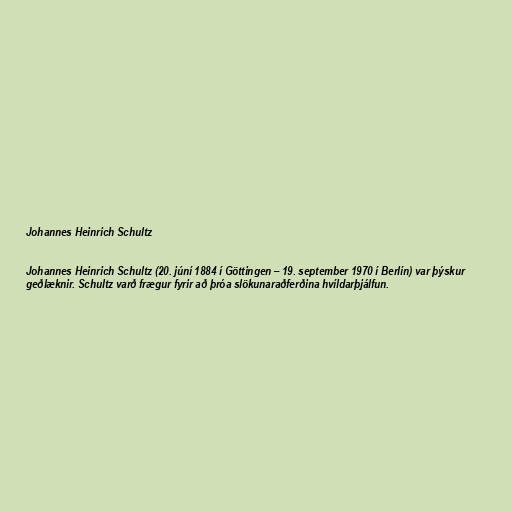
Johannes Heinrich Schultz

Johannes Heinrich Schultz (20. júní 1884 í Göttingen – 19. september 1970 í Berlín) var þýskur
geðlæknir. Schultz varð frægur fyrir að þróa slökunaraðferðina hvíldarþjálfun.